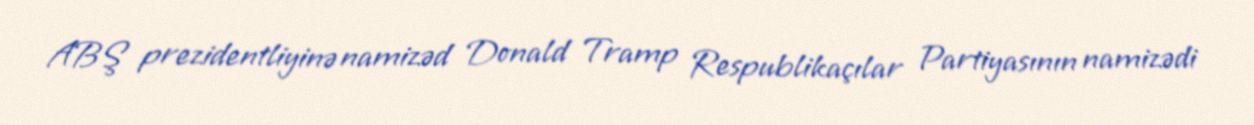
ABŞ prezidentliyinə namizəd Donald Tramp Respublikaçılar Partiyasının namizədi